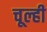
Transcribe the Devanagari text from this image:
चूल्ही